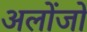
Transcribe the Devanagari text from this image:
अलोंजो